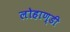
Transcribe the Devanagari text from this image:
लोहाण्डी